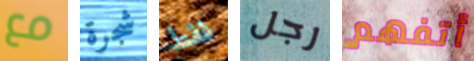
مع شجرة فقط رجل أتفهم